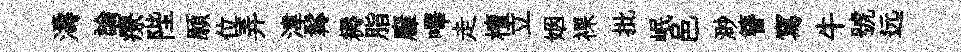
濤論療陛願位弄湋髯耨脂廱嗶走檀立姻裸批岷邑渺簪寫牛號远